Leaving Certificate Examination, 1914
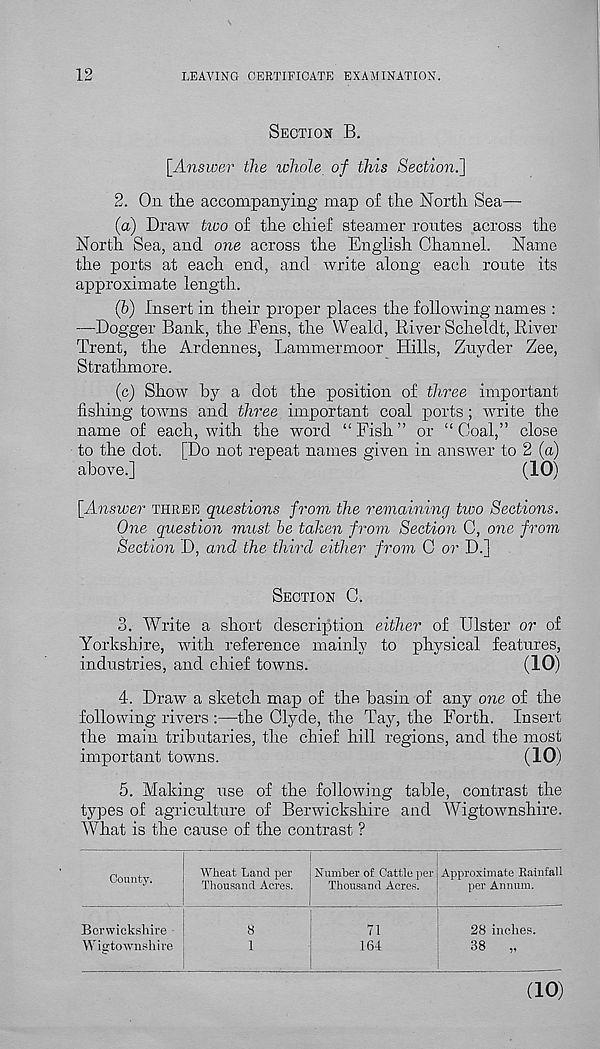
12
LEAVING CERTIFICATE EXAMINATION.
SECTION B.
[Answer the whole of this Section.]
2.
On the accompanying ma
(a) Draw tioo of the chief steamer routes across the
North Sea, and one across the English Channel. Name
the ports at each end, and write along each route its
approximate length.
(b) Insert in their proper places the following names :
—Dogger Bank, the Fens, the Weald, River Scheldt, River
Trent, the Ardennes, Lammermoor Hills, Zuyder Zee,
Strathmore.
(c) Show by a dot the position of three important
fishing towns and three important coal ports ; write the
name of each, with the word “Fish” or “Coal,” close
to the dot. [Do not repeat names given in answer to 2 (a)
above.]
(10)
[Answer THREE questions from the remaining two Sections.
One question must be taken from Section C, one from
Section D, and the third either from C or D.]
SECTION C.
3. Write a short description either of Ulster or of
Yorkshire, with reference mainly to physical features,
industries, and chief towns.
(10)
4. Draw a sketch map of the basin of any one of the
following rivers :—the Clyde, the Tay, the Forth. Insert
the main tributaries, the chief hill regions, and the most
important towns.
(10)
5.
Making use of the fol
types of agriculture of Berwickshire and Wigtownshire.
What is the cause of the contrast ?
County.
Wheat Land per
Thousand Acres.
Number of Cattle per
Thousand Acres.
Approximate Rainfall
per Annum.
Berwickshire
Wigtownshire
71
164
28 inches.
38
„
(10)